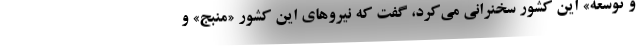
و توسعه» این کشور سخنرانی می‌کرد، گفت که نیروهای این کشور «منبج» و